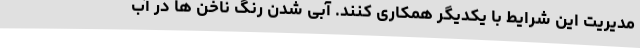
مدیریت این شرایط با یکدیگر همکاری کنند. آبی شدن رنگ ناخن ها در آب